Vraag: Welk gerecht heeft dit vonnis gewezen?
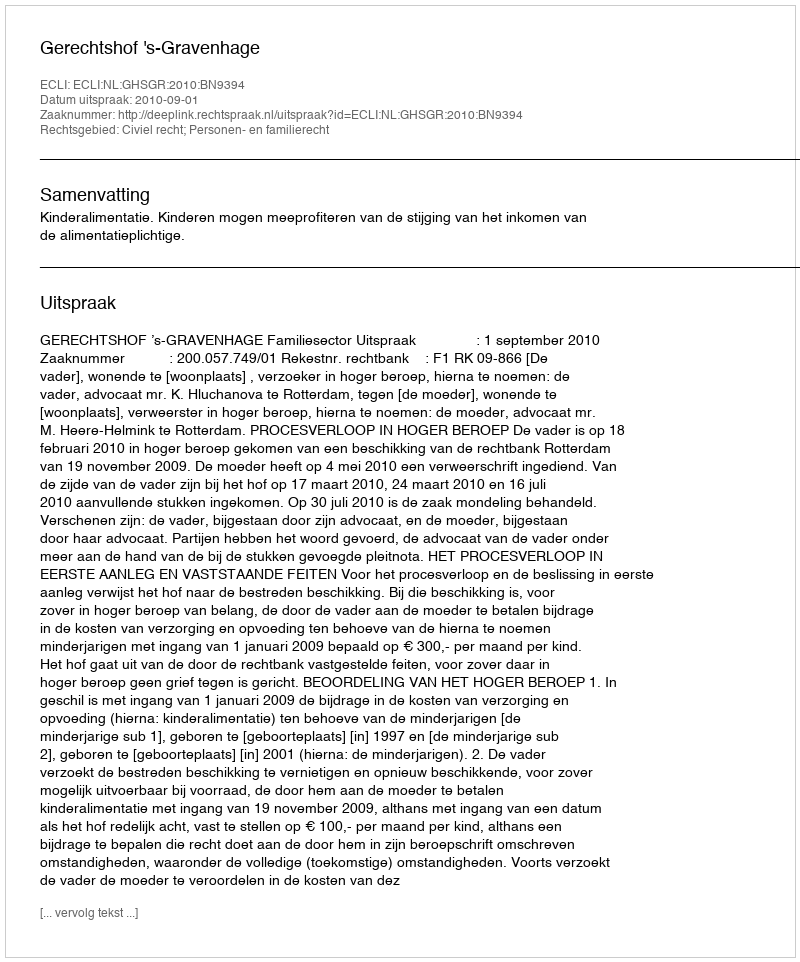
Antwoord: Gerechtshof 's-Gravenhage